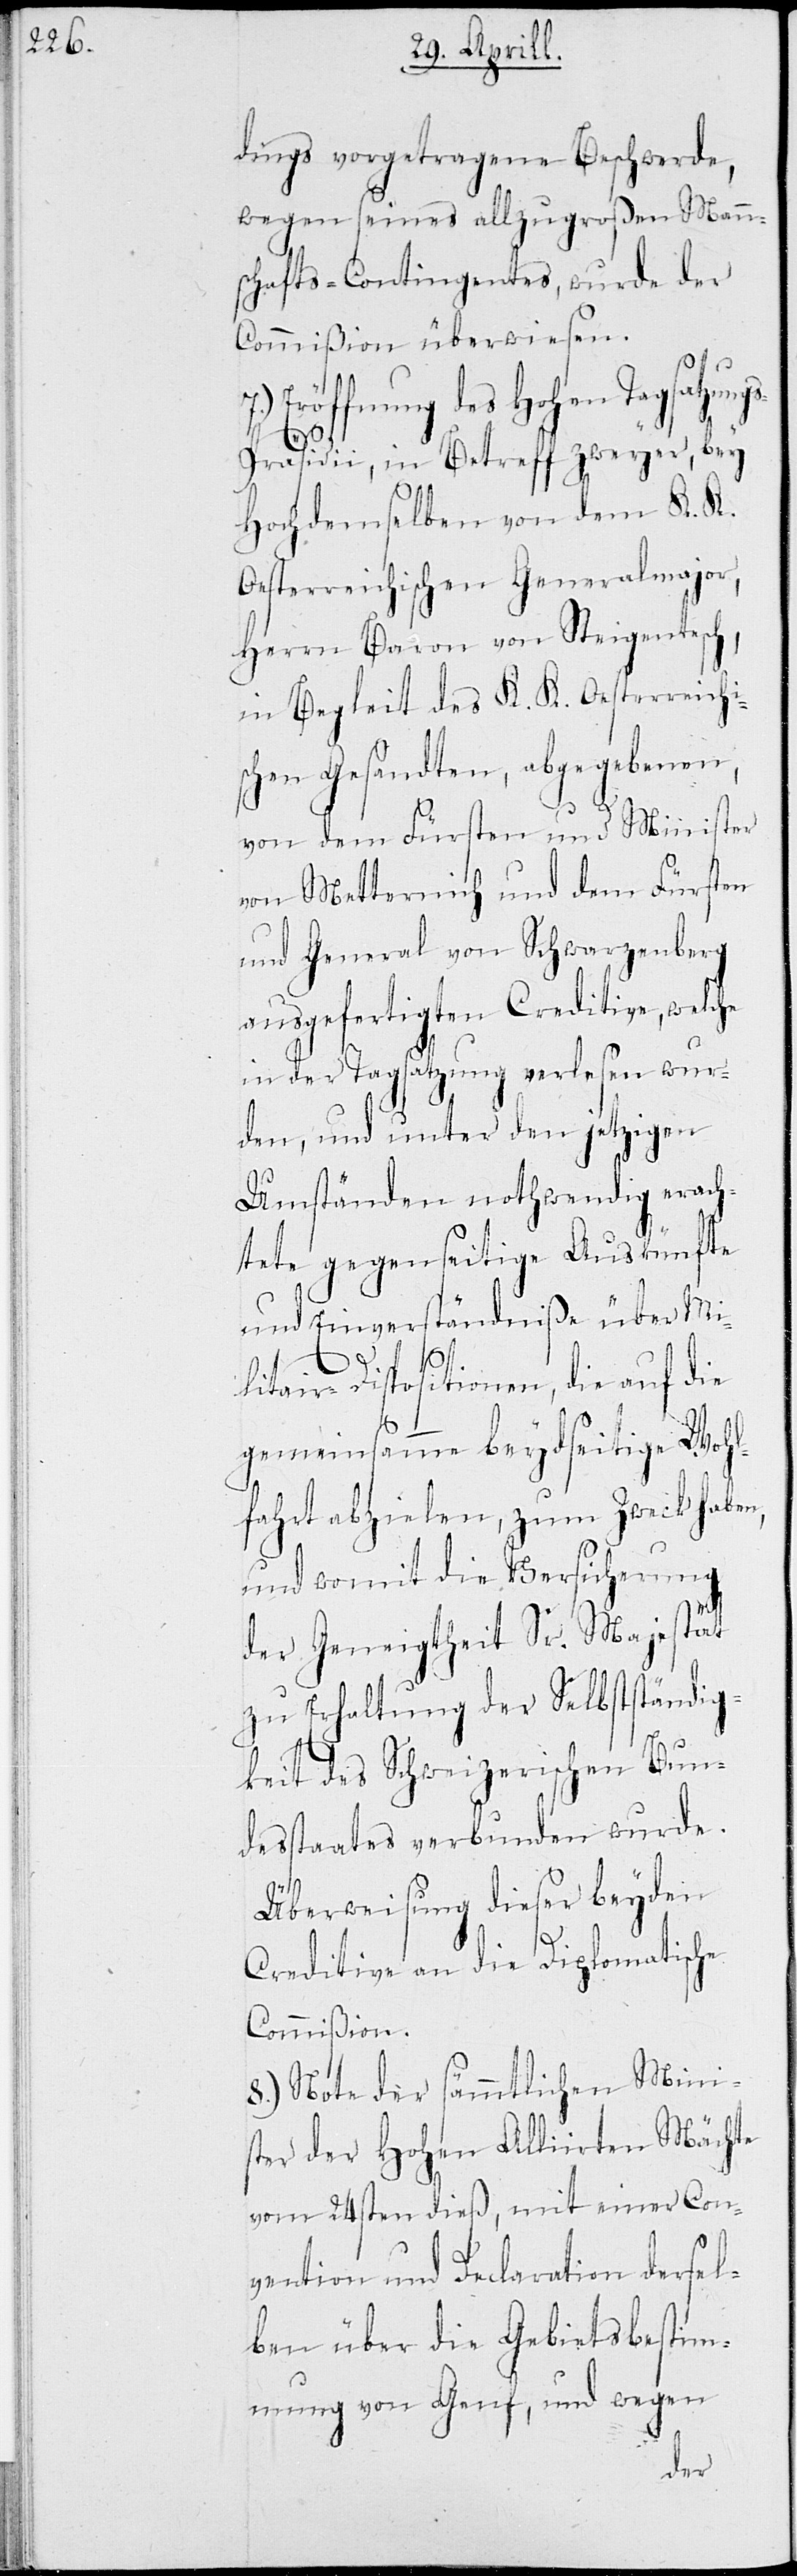
dings vorgetragene Beschwerde
wegen seines allzugroßen Mann¬
schafts-Contingentes, wurde der
Commißion überwiesen.
Eröffnung des Hohen Tagsatzung¬
s-Präsidii, in Betreff zweyer, bey
Hochdemselben von dem K. K.
Oesterreichischen Generalmajor,
Herrn Major von Steigentesch,
in Begleit des K. K. Oesterreichi¬
schen Gesandten, abgegebenen,
von dem Fürsten und Minister
von Metternich und dem Fürsten
und General von Schwarzenburg
ausgefertigten Creditive, welche
in der Tagsatzung verlesen wur¬
den, und unter den jetzigen
Umständen nothwendig erach¬
tete gegenseitige Auskünfte
und Einverständniße über Mi¬
litair-Dispositionen, die auf die
gemeinsamme beydseitige Wohl¬
fahrt abzielen, zum Zweck haben,
und womit die Versicherung
der Geneigtheit Sr. Majestät
zu Erhaltung der Selbstständig¬
keit des Schweizerischen Bun¬
desstaats verbunden wurde.
Überweisung dieser beyden
Creditive an die Diplomatische
Commißion.
8.) Note der sämmtlichen Mini¬
ster der Hohen Alliirten Mächte
vom 24sten dieß, mit einer Con¬
vention und Declaration dersel¬
ben über die Gebietsbestim¬
mung von Genf, und wegen